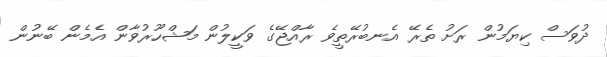
ދުވަސް ކިޔަމުން ރަށު ތެރޭ އެނބުރޭތީވެ ރާއްޖޭގެ ވަކީލުން މަޝްހޫރުވާން އެމެން ބޭނުން